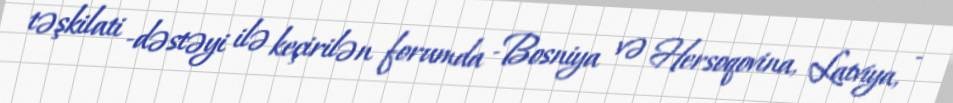
təşkilati ­dəstəyi ilə keçirilən forumda ­Bosniya və Hersoqovina, Latviya, ­